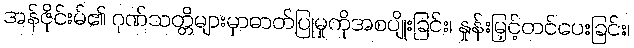
အန်ဇိုင်းမ်၏ ဂုဏ်သတ္တိများမှာဓာတ်ပြုမှုကိုအစပျိုးခြင်း၊ နှုန်းမြှင့်တင်ပေးခြင်း၊